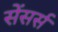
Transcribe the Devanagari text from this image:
सेंसर्स